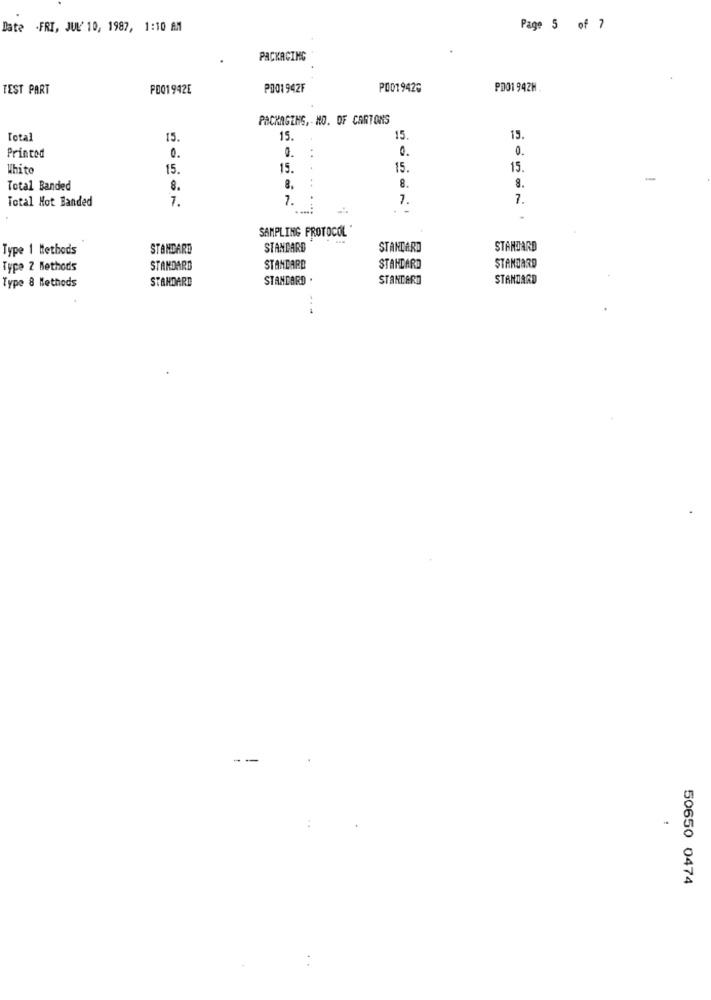
Date -FRI, JUL' 10, 1987, 1:10 AM
Page 5 of 7
PACKAGING
TEST PART
PD01942E
P001942F
P0019420
PD01 942H .
PACKAGING, NO. OF CARTONS
Total
15.
15.
15
15.
0.
0.
0.
0.
Printod
Whito
15.
15.
.
15.
15
-
Total Banded
8.
8.
..
8.
8.
Total Hot Banded
7.
7.
.
7.
7.
....;
.
SAMPLING PROTOCOL
Type 1 Methods
STANDARD
STANDARD
STANDARD
STANDARD
Type 2 Methods
STANDARD
STANDARD
STANDARD
STANDARD
Type 8 Methods
STANDARD
STANDARD .
STANDARD
STANDARD
50650 0474